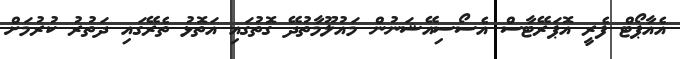
އެއާޕޯޓް ފެރީ އޮޕަރޭޓާސް އެސޯސިއޭޝަނުން މައުލޫމާތުދޭ ގޮތުގައި އަތޮޅު ތެރޭގައި ދަތުރު ކުރުމަށް